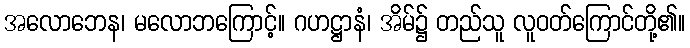
အလောဘေန၊ မလောဘကြောင့်။ ဂဟဋ္ဌာနံ၊ အိမ်၌ တည်သူ လူဝတ်ကြောင်တို့၏။